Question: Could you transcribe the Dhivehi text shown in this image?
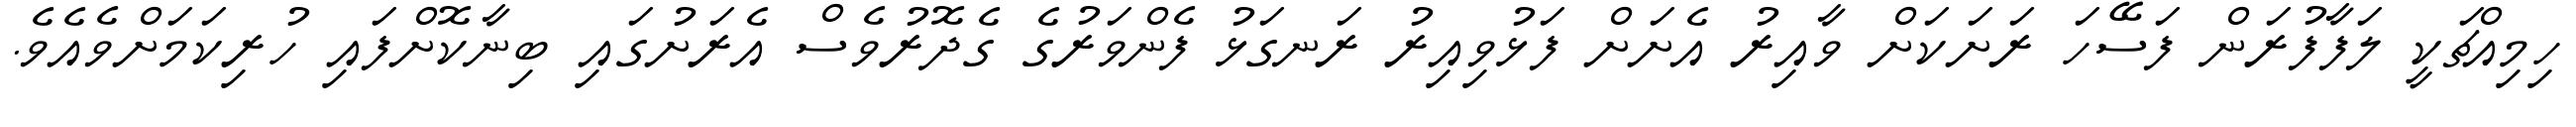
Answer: ހިމިއްޗަކީ ލަފާފުރަން ފަސޭހަ ރަށަކަށް ވާއިރު އެށަށް ފަޅުވިއިރު ރަނގަޅު ފެންވަރުގެ ގެދޮރުވެސް އެރަށުގައި ބިނާކޮށްފައި ހުރިކަމަށްވެއެވެ.